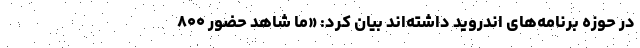
در حوزه برنامه‌های اندروید داشته‌اند بیان کرد: «ما شاهد حضور ۸۰۰